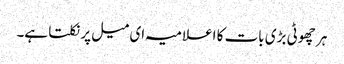
ہر چھوٹی بڑی بات کا اعلامیہ ای میل پر نکلتا ہے۔